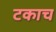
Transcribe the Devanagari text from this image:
टकाच